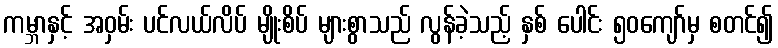
ကမ္ဘာနှင့် အဝှမ်း ပင်လယ်လိပ် မျိုးစိပ် များစွာသည် လွန်ခဲ့သည့် နှစ် ပေါင်း ၅၀ကျော်မှ စတင်၍